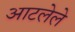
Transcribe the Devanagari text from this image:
आटलेले